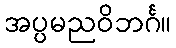
အပ္ပမညဝိဘင်္ဂ။